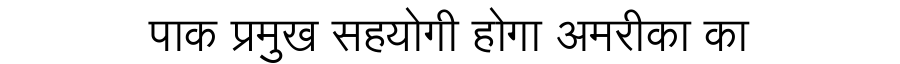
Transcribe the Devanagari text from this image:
पाक प्रमुख सहयोगी होगा अमरीका का